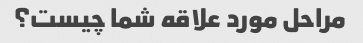
مراحل مورد علاقه شما چیست؟